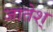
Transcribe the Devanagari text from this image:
जातेश्